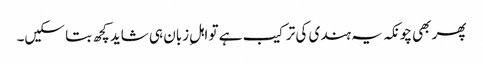
پھر بھی چونکہ یہ ہندی کی ترکیب ہے تو اہلِ زبان ہی شاید کچھ بتا سکیں۔